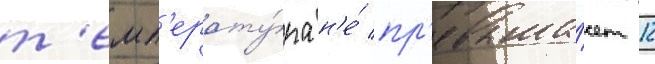
т'емп'ерату́ра н'е́ пр'евыша́ет 12